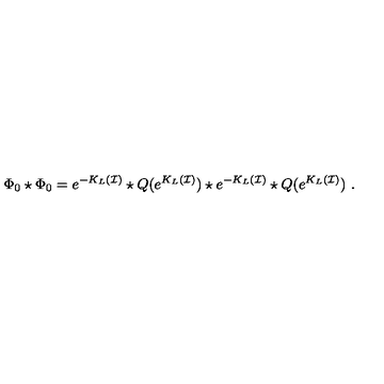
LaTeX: \Phi _ { 0 } \star \Phi _ { 0 } = e ^ { - K _ { L } ( \mathcal { I } ) } \star Q ( e ^ { K _ { L } ( \mathcal { I } ) } ) \star e ^ { - K _ { L } ( \mathcal { I } ) } \star Q ( e ^ { K _ { L } ( \mathcal { I } ) } ) \ .